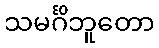
သမင်္ဂိဘူတော